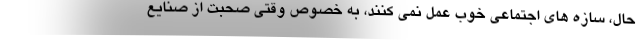
حال، سازه های اجتماعی خوب عمل نمی کنند، به خصوص وقتی صحبت از صنایع